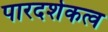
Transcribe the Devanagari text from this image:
पारदर्शकत्व